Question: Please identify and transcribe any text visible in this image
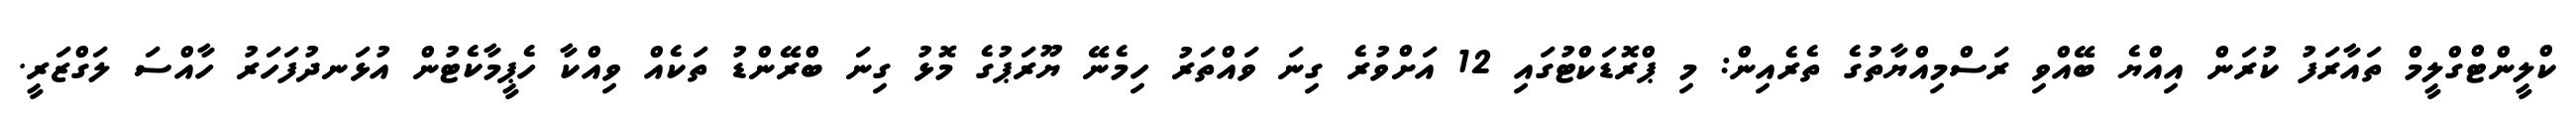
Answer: ކްލީންޓްގްލީމް ތައާރަފު ކުރަން އިއްޔެ ބޭއްވި ރަސްމިއްޔާތުގެ ތެރެއިން: މި ޕްރޮޑަކްޓުގައި 12 އަށްވުރެ ގިނަ ވައްތަރު ހިމެނޭ ޔޫރަޕުގެ މޮޅު ގިނަ ބްރޭންޑު ތަކެއް ވިއްކާ ހެޕީމާކެޓުން އުޅަނދުފަހަރު ހާއްސަ ލަގްޒަރީ.